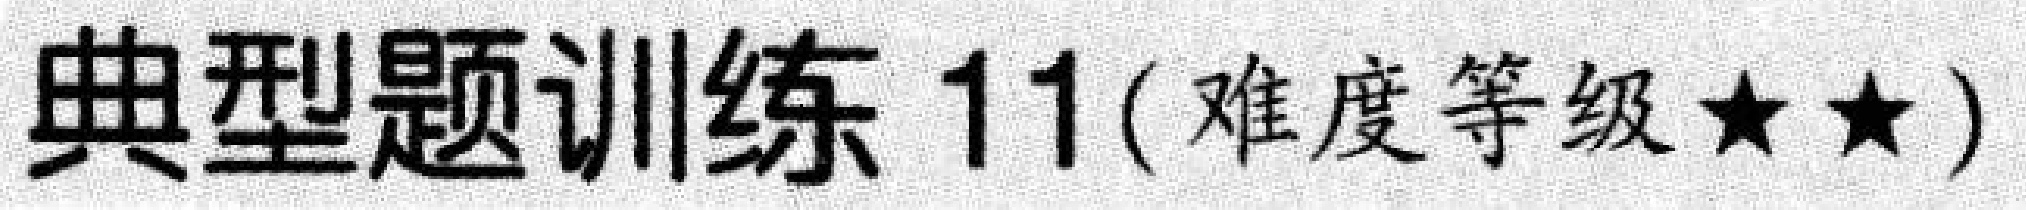
典型题训练 11(难度等级★★)